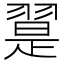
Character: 翨